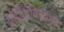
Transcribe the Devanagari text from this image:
वोविश्वविद्यालय